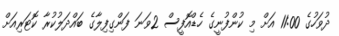
ދުވަހުގެ 11:00 އަށް މި ކުންފުނީގެ ހެޑްއޮފީސް 2ވަނަ ފަންގިފިލާގެ ބައްދަލުކުރާ ކޮޓަރިއަށް